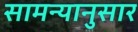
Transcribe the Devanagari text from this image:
सामन्यानुसार